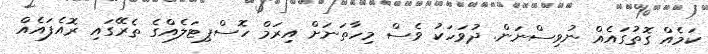
ކަމެއް ގޮތުގައެއް ނުވިސްނަން. ދުވަހަކު ވެސް މިހާތަނަށް އިރަމް ހޮސްޕިޓަލެއްގެ ތެރޭގައި ރޮއެފައެއް